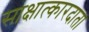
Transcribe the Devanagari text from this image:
साक्षात्कारदाता